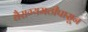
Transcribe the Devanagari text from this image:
वैराग्यमठीपासून